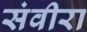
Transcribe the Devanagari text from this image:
संवीरा